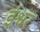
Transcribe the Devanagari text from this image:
र्इश्वर